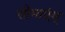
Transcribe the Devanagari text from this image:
सीमाएंम्